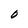
Character: O